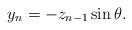
LaTeX: \begin{align*}y_n=-z_{n-1}\sin \theta.\end{align*}